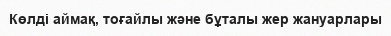
Көлді аймақ, тоғайлы және бұталы жер жануарлары